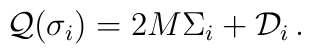
{\cal Q}(\sigma_{i})=2M\Sigma_{i}+{\cal D}_{i}\,.